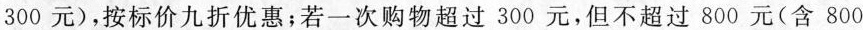
300元)，按标价九折优惠；若一次购物超过300元，但不超过800元(含800